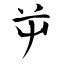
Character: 屰